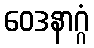
ဝေဒနာဂ္ဂံ